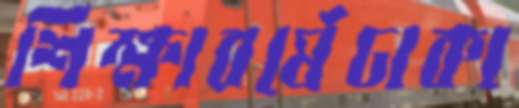
শিক্ষাবর্ষেঢাকা